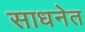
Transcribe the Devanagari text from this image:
साधनेत